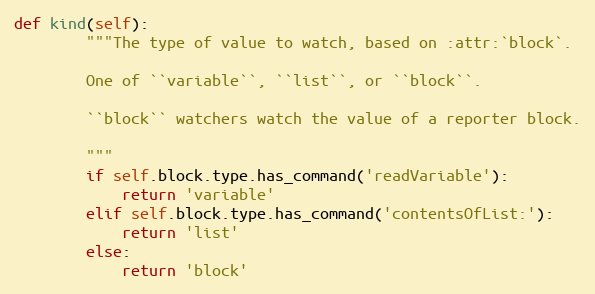
Language: Python
def kind(self):
        """The type of value to watch, based on :attr:`block`.

        One of ``variable``, ``list``, or ``block``.

        ``block`` watchers watch the value of a reporter block.

        """
        if self.block.type.has_command('readVariable'):
            return 'variable'
        elif self.block.type.has_command('contentsOfList:'):
            return 'list'
        else:
            return 'block'